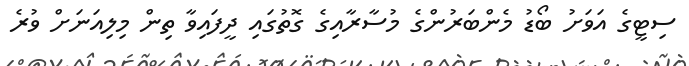
ސިޓީގެ އަވަށު ބޯޑު މެންބަރުންގެ މުސާރާއިގެ ގޮތުގައި ދީފައިވާ ތިން މިލިއަނަށް ވުރެ